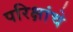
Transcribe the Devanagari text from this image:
परिक्षांचे